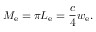
M _ { \mathrm { e } } = \pi L _ { \mathrm { e } } = { \frac { c } { 4 } } w _ { \mathrm { e } } .